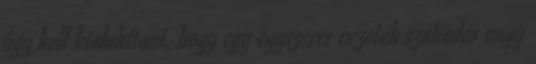
úgy kell kialakítani, hogy egy egyszeres vezeték szakadás vagy